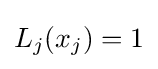
L_{j}(x_{j})=1